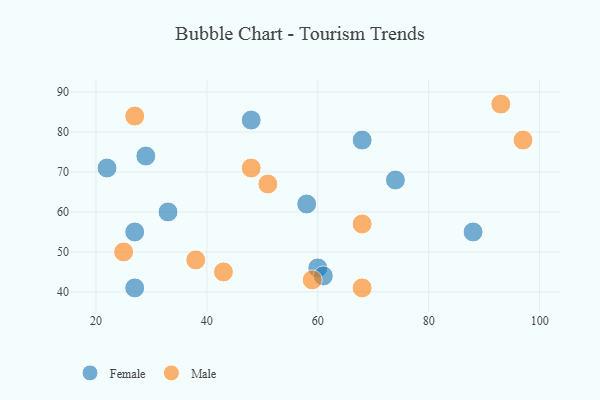
{"axis": {"x": "GDP", "y": "Life Expectancy"}, "legend": ["Female", "Male"], "data": [{"x": "68", "y": 78, "type": "Female"}, {"x": "60", "y": 46, "type": "Female"}, {"x": "61", "y": 44, "type": "Female"}, {"x": "33", "y": 60, "type": "Female"}, {"x": "58", "y": 62, "type": "Female"}, {"x": "48", "y": 83, "type": "Female"}, {"x": "29", "y": 74, "type": "Female"}, {"x": "74", "y": 68, "type": "Female"}, {"x": "27", "y": 41, "type": "Female"}, {"x": "22", "y": 71, "type": "Female"}, {"x": "88", "y": 55, "type": "Female"}, {"x": "27", "y": 55, "type": "Female"}, {"x": "97", "y": 78, "type": "Male"}, {"x": "38", "y": 48, "type": "Male"}, {"x": "93", "y": 87, "type": "Male"}, {"x": "25", "y": 50, "type": "Male"}, {"x": "27", "y": 84, "type": "Male"}, {"x": "68", "y": 41, "type": "Male"}, {"x": "51", "y": 67, "type": "Male"}, {"x": "43", "y": 45, "type": "Male"}, {"x": "59", "y": 43, "type": "Male"}, {"x": "48", "y": 71, "type": "Male"}, {"x": "68", "y": 57, "type": "Male"}]}